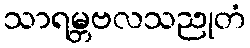
သာရမ္ဘဗလသညုတံ